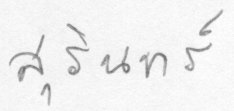
สุรินทร์